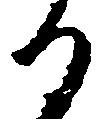
る